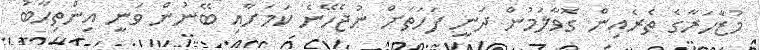
މުޒާހަރާގެ ތެރެއިން ގޮވާލަމުން ދަނީ ފަހަތަށް ނުޖެހޭނެ ކަމަށާއި ބޭނުން ވަނީ އިންތިހާބު